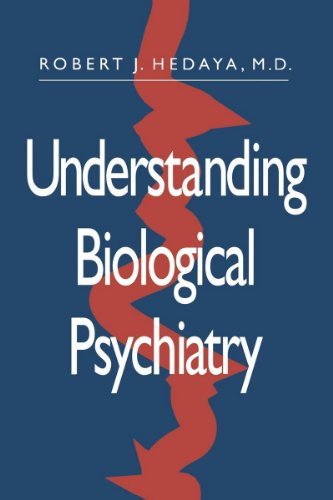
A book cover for Understanding Biological Psychiatry; Robert J. Hedaya; Medical Books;